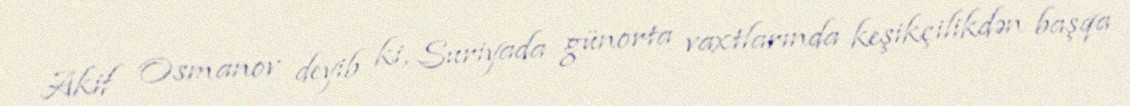
Akif Osmanov deyib ki, Suriyada günorta vaxtlarında keşikçilikdən başqa